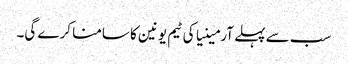
سب سے پہلے آرمینیا کی ٹیم یونین کا سامنا کرے گی۔